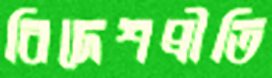
বিদেশপ্রীতি